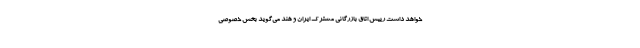
خواهد داشت رییس اتاق بازرگانی مشترک ایران و هند می‌گوید بخش خصوصی